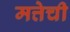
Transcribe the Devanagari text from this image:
मत्तेची